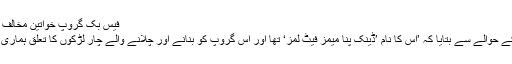
فیس بک گروپ خواتین مخالف جذبات کو فروغ دے رہا تھا
نوال فاطمہ نے اس گروپ کے حوالے سے بتایا کہ ’اس کا نام ’ڈینک پُنا میمز فیٹ لمز‘ تھا اور اس گروپ کو بنانے اور چلانے والے چار لڑکوں کا تعلق ہماری اپنی یونیورسٹی سے ہی تھا۔